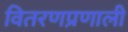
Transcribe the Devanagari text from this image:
वितरणप्रणाली